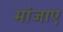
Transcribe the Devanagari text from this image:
मांजाए